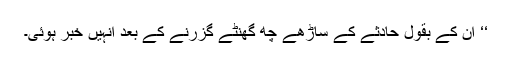
‘‘ ان کے بقول حادثے کے ساڑھے چھ گھنٹے گزرنے کے بعد انہیں خبر ہوئی۔